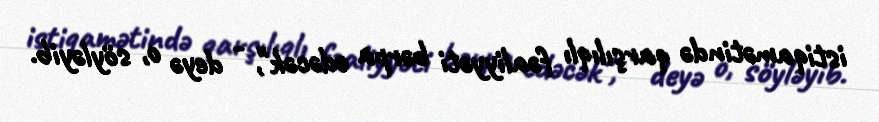
istiqamətində qarşılıqlı fəaliyyəti bərpa edəcək", - deyə o, söyləyib.